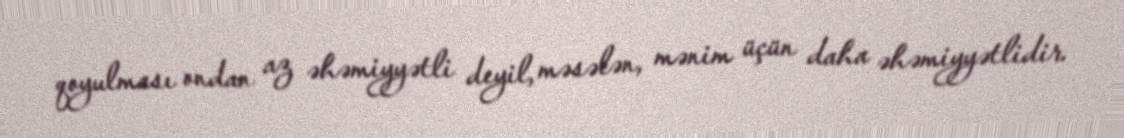
qoyulması ondan az əhəmiyyətli deyil, məsələn, mənim üçün daha əhəmiyyətlidir.